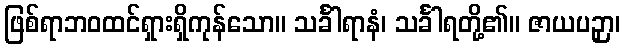
ဖြစ်ရာဘဝထင်ရှားရှိကုန်သော။ သင်္ခါရာနံ၊ သင်္ခါရတို့၏။ ဇာယပဉှာ၊